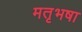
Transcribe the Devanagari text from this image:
मतृभषा